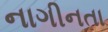
નાગીનતા